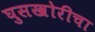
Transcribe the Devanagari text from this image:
घुसखोरीचा